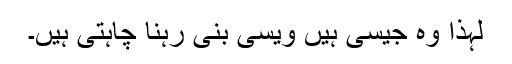
لہٰذا وہ جیسی ہیں ویسی بنی رہنا چاہتی ہیں۔